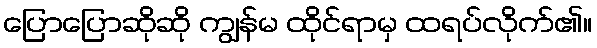
ပြောပြောဆိုဆို ကျွန်မ ထိုင်ရာမှ ထရပ်လိုက်၏။